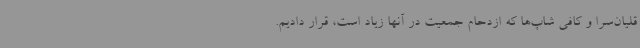
قلیان‌سرا و کافی شاپ‌ها که ازدحام جمعیت در آنها زیاد است، قرار دادیم.